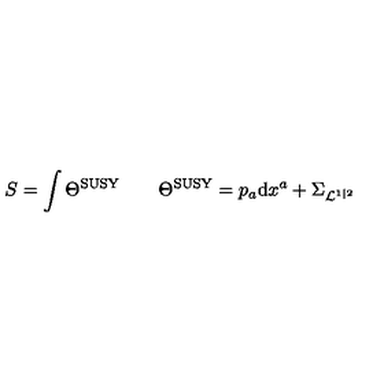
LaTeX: S = \int \Theta ^ { \mathrm { S U S Y } } \qquad \Theta ^ { \mathrm { S U S Y } } = p _ { a } \mathrm { d } x ^ { a } + \Sigma _ { { \cal L } ^ { 1 | 2 } }